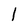
Character: l